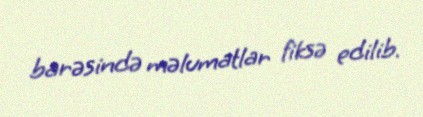
barəsində məlumatlar fiksə edilib.